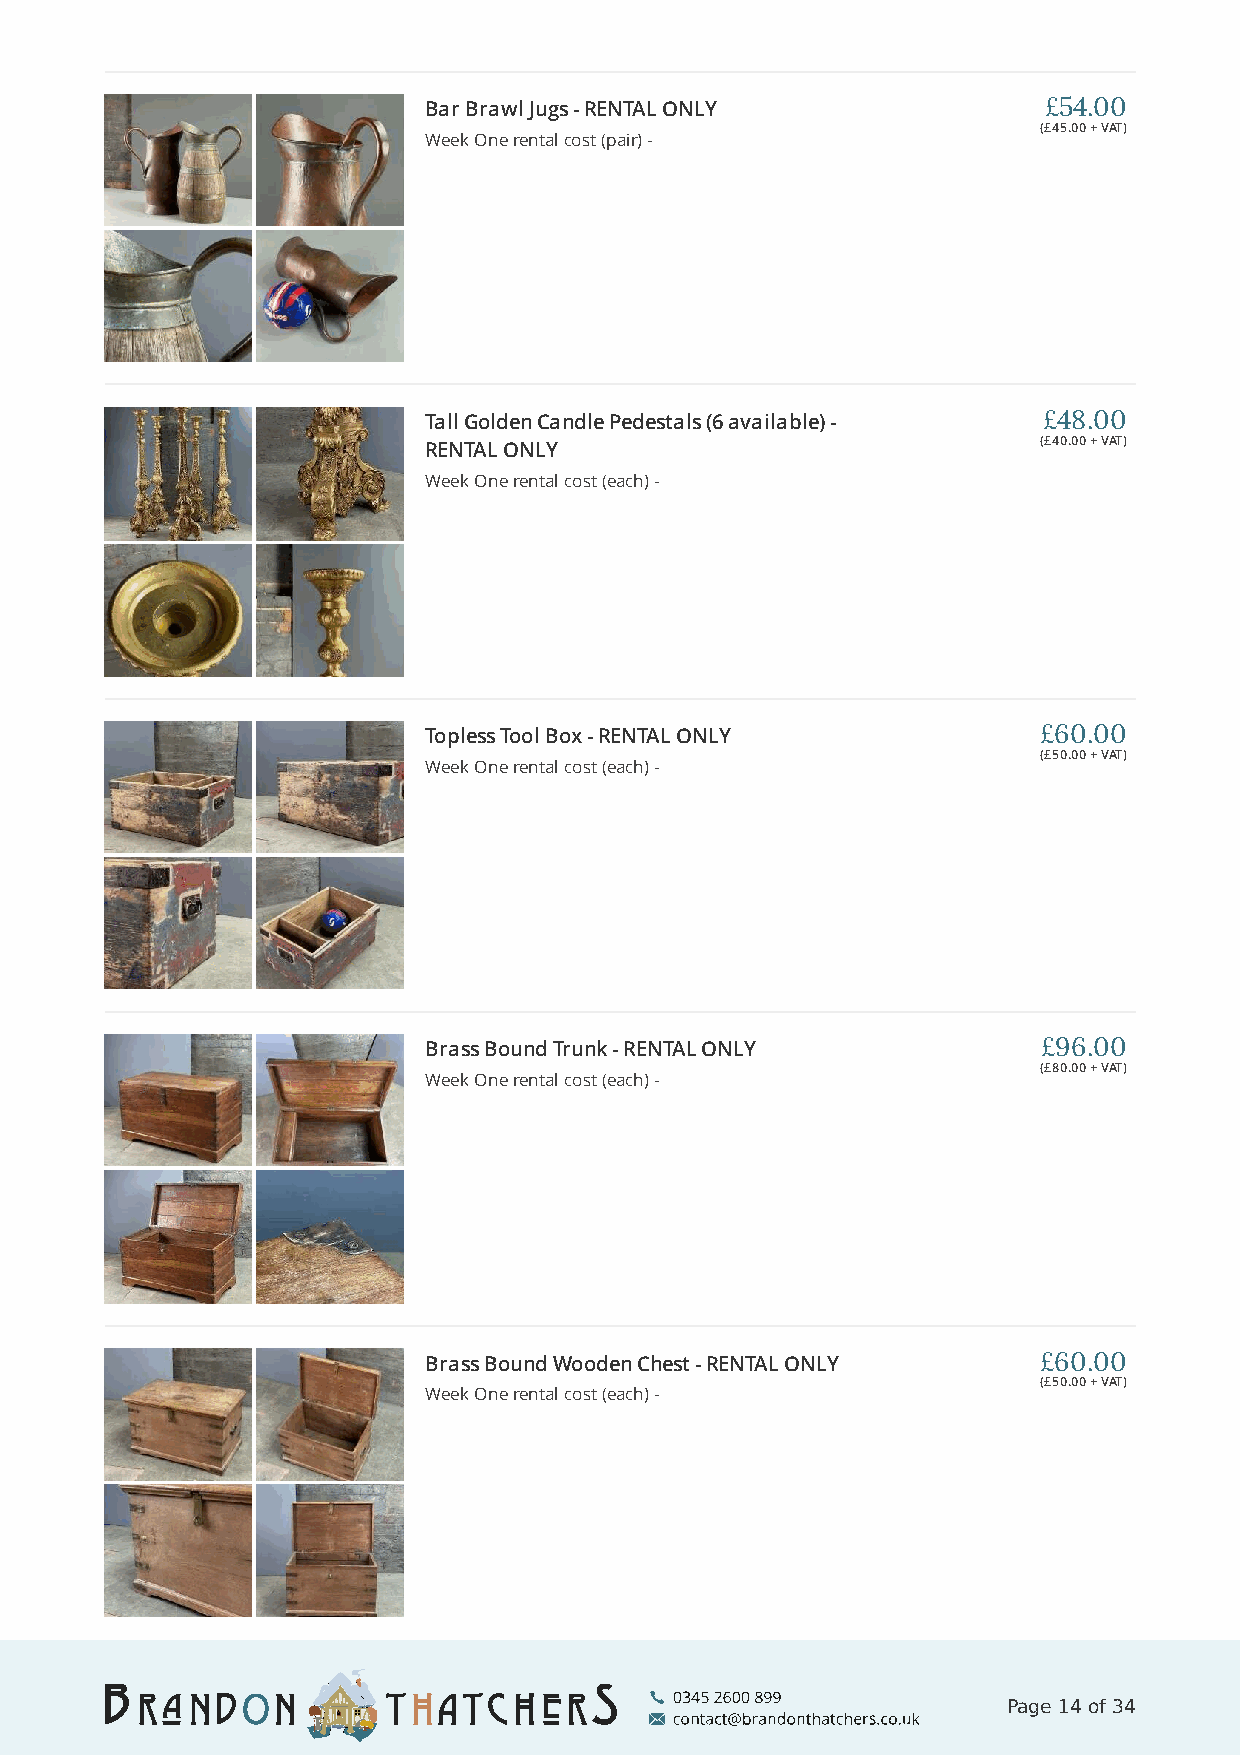
Bar Brawl Jugs - RENTAL ONLY             £54.00
 (£45.00 + VAT)
 Week One rental cost (pair) -
 Tall Golden Candle Pedestals (6 available) - £48.00
 (£40.00 + VAT)
 RENTAL ONLY
 Week One rental cost (each) -
 Topless Tool Box - RENTAL ONLY           £60.00
 (£50.00 + VAT)
 Week One rental cost (each) -
 Brass Bound Trunk - RENTAL ONLY          £96.00
 (£80.00 + VAT)
 Week One rental cost (each) -
 Brass Bound Wooden Chest - RENTAL ONLY   £60.00
 (£50.00 + VAT)
 Week One rental cost (each) -
 Page 14 of 34